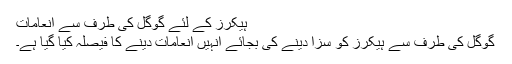
ہیکرز کے لئے گوگل کی طرف سے انعامات
گوگل کی طرف سے ہیکرز کو سزا دینے کی بجائے انہیں انعامات دینے کا فیصلہ کیا گیا ہے۔